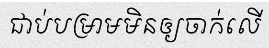
ជាប់បម្រាមមិនឲ្យចាក់លើ